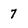
Character: 7